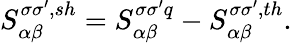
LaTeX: {S_{\alpha\beta}^{\sigma\sigma^{\prime},sh}}=S_{\alpha\beta}^{\sigma\sigma^{\prime}q}-{S_{\alpha\beta}^{\sigma\sigma^{\prime},th}}.